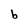
Character: b